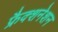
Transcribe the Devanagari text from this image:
फ्रैक्शनेशन